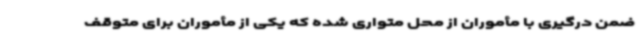
ضمن درگیری با مأموران از محل متواری شده که یکی از مأموران برای متوقف